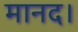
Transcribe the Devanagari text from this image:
मानद।